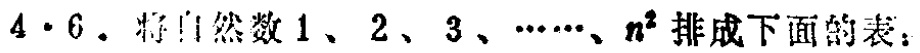
$4\cdot6.$将自然数$1、2、3、\cdots\cdots、n^{2}$排成下面的表：